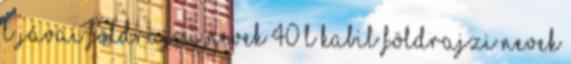
L jávai földrajzi nevek‎ 40 L kabil földrajzi nevek‎